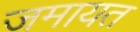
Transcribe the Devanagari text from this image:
जमायत